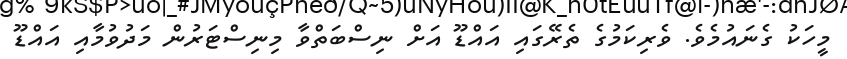
މީހަކު ގެނައުމެވެ. ވެރިކަމުގެ ތެރޭގައި އައްޑޫ އަށް ނިސްބަތްވާ މިނިސްޓަރުން މަދުވުމާއި އައްޑޫ